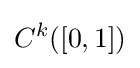
C^{k}([0,1])